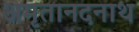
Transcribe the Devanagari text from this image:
अमृतानदनाथ